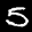
Label: 5